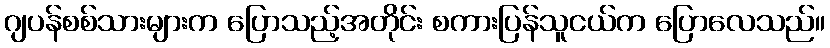
ဂျပန်စစ်သားများက ပြောသည့်အတိုင်း စကားပြန်သူငယ်က ပြောလေသည်။